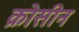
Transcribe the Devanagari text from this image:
क्रोसीन